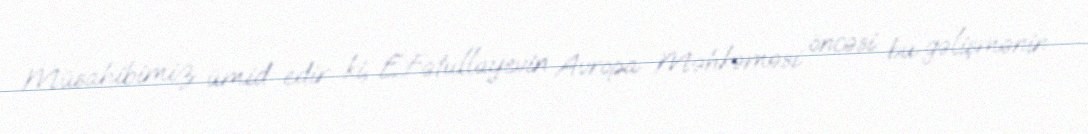
Müsahibimiz ümid edir ki, E.Fətullayevin Avropa Məhkəməsi öncəsi bu gəlişmənin